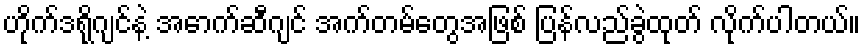
ဟိုက်ဒရိုဂျင်နဲ့ အောက်ဆီဂျင် အက်တမ်တွေအဖြစ် ပြန်လည်ခွဲထုတ် လိုက်ပါတယ်။